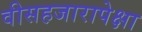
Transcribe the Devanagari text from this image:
वीसहजारापेक्षा